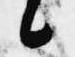
候